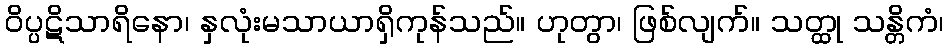
ဝိပ္ပဋိသာရိနော၊ နှလုံးမသာယာရှိကုန်သည်။ ဟုတွာ၊ ဖြစ်လျက်။ သတ္ထု သန္တိကံ၊